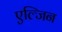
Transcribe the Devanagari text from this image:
एल्जिन